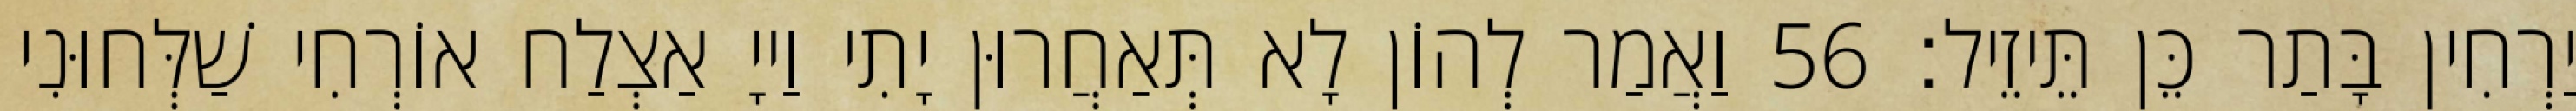
יַרְחִין בָּתַר כֵּן תֵּיזֵיל׃ 56 וַאֲמַר לְהוֹן לָא תְּאַחֲרוּן יָתִי וַייָ אַצְלַח אוֹרְחִי שַׁלְּחוּנִי